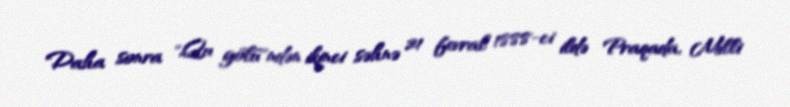
Daha sonra "Qu gölü"ndən ikinci səhnə 21 fevral 1888-ci ildə Praqada, Milli